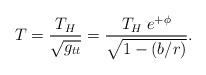
LaTeX: \begin{align*}T = {T_H\over\sqrt{g_{tt}}} = {T_H \; e^{+\phi} \over\sqrt{1-(b/r)}}.\end{align*}